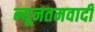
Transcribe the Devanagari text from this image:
न्यूनतमवादी